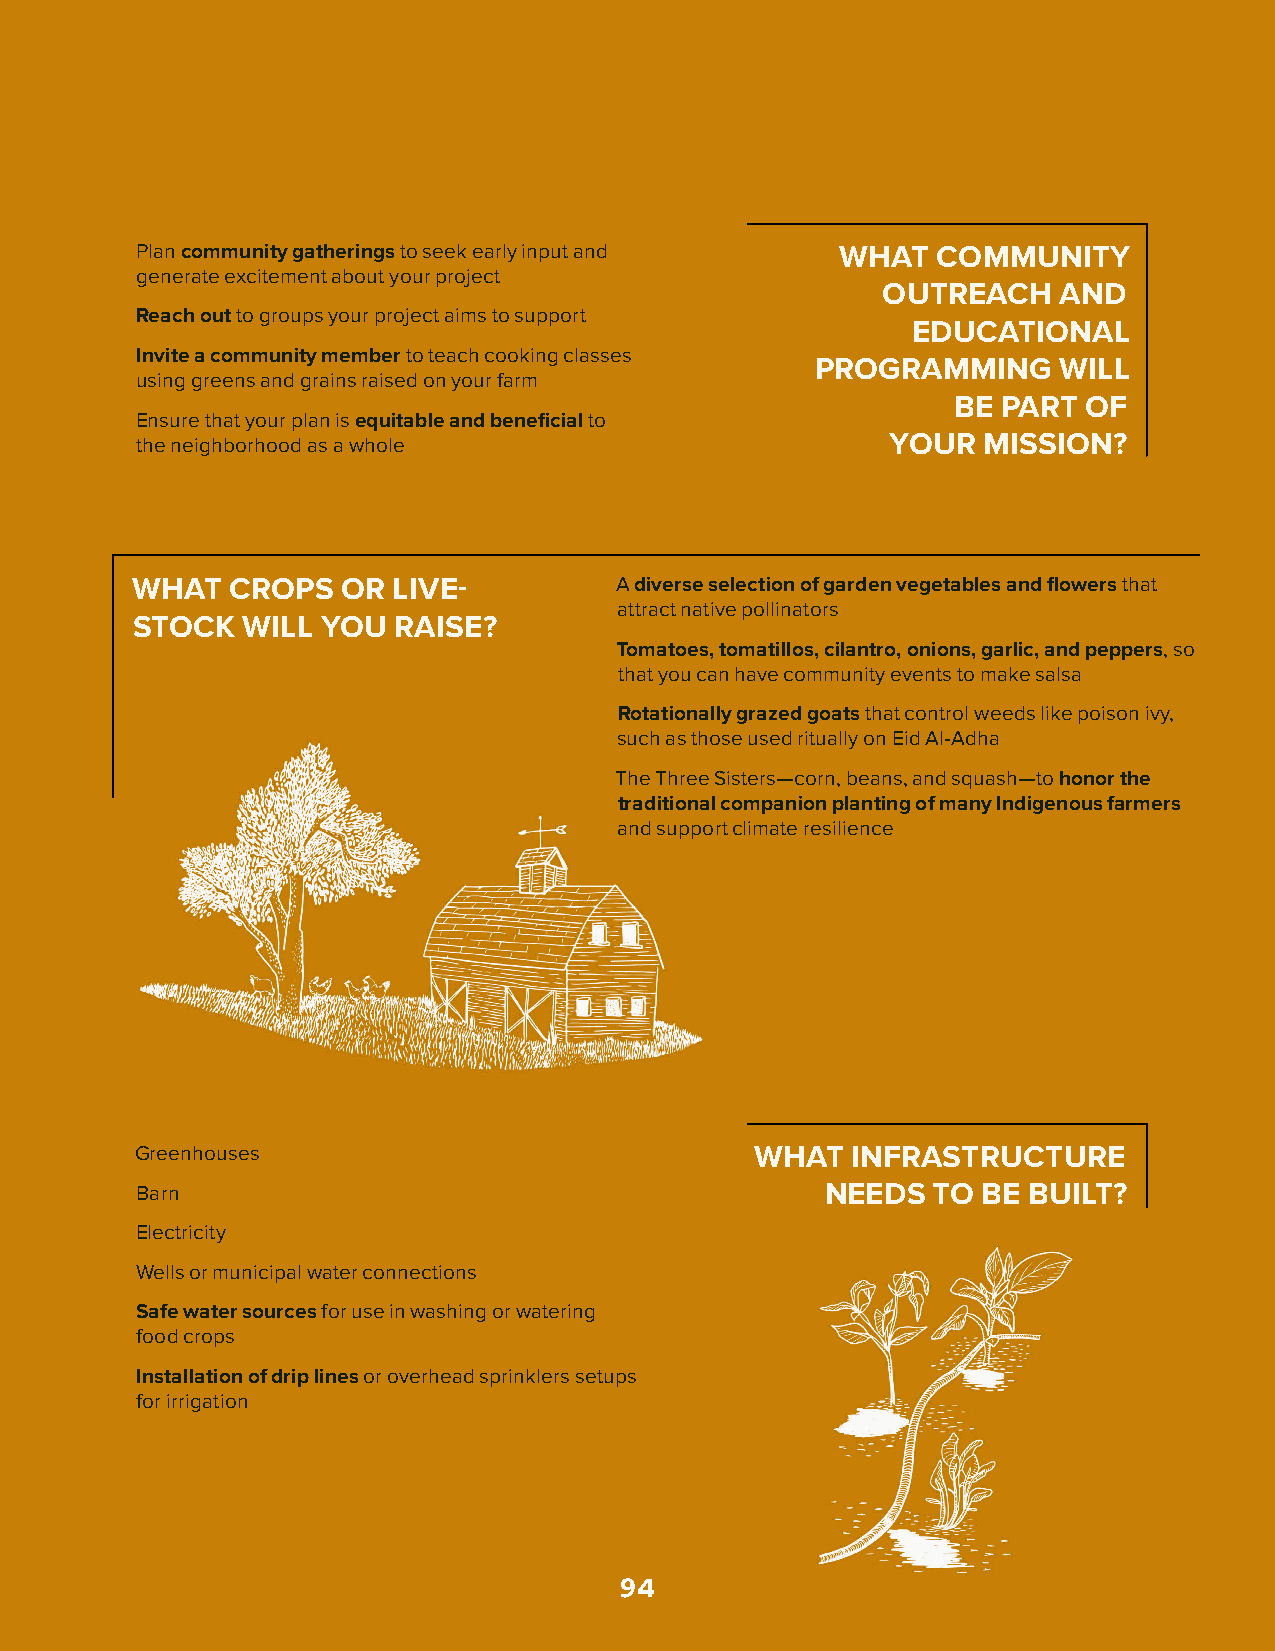
Plan community gatherings to seek early input and WHAT COMMUNITY
 generate excitement about your project
 OUTREACH    AND
 Reach out to groups your project aims to support
 EDUCATIONAL
 Invite a community member to teach cooking classes
 PROGRAMMING     WILL
 using greens and grains raised on your farm
 BE PART  OF
 Ensure that your plan is equitable and beneficial to
 the neighborhood as a whole                       YOUR  MISSION?
 WHAT  CROPS   OR LIVE-          A diverse selection of garden vegetables and flowers that
 attract native pollinators
 STOCK  WILL YOU  RAISE?
 Tomatoes, tomatillos, cilantro, onions, garlic, and peppers, so
 that you can have community events to make salsa
 Rotationally grazed goats that control weeds like poison ivy,
 such as those used ritually on Eid Al-Adha
 The Three Sisters—corn, beans, and squash—to honor the
 traditional companion planting of many Indigenous farmers
 and support climate resilience
 Greenhouses                              WHAT  INFRASTRUCTURE
 Barn                                          NEEDS  TO BE BUILT?
 Electricity
 Wells or municipal water connections
 Safe water sources for use in washing or watering
 food crops
 Installation of drip lines or overhead sprinklers setups
 for irrigation
 94